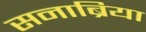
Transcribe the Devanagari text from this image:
सनाब्रिया